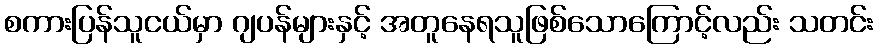
စကားပြန်သူငယ်မှာ ဂျပန်များနှင့် အတူနေရသူဖြစ်သောကြောင့်လည်း သတင်း